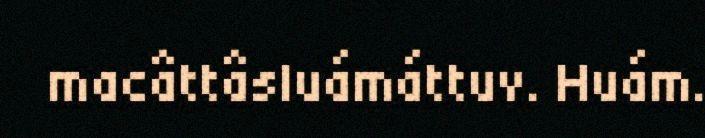
macâttâsluámáttuv. Huám.